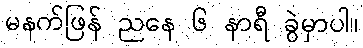
မနက်ဖြန် ညနေ ၆ နာရီ ခွဲမှာပါ။